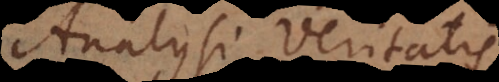
Analysi veritatis,